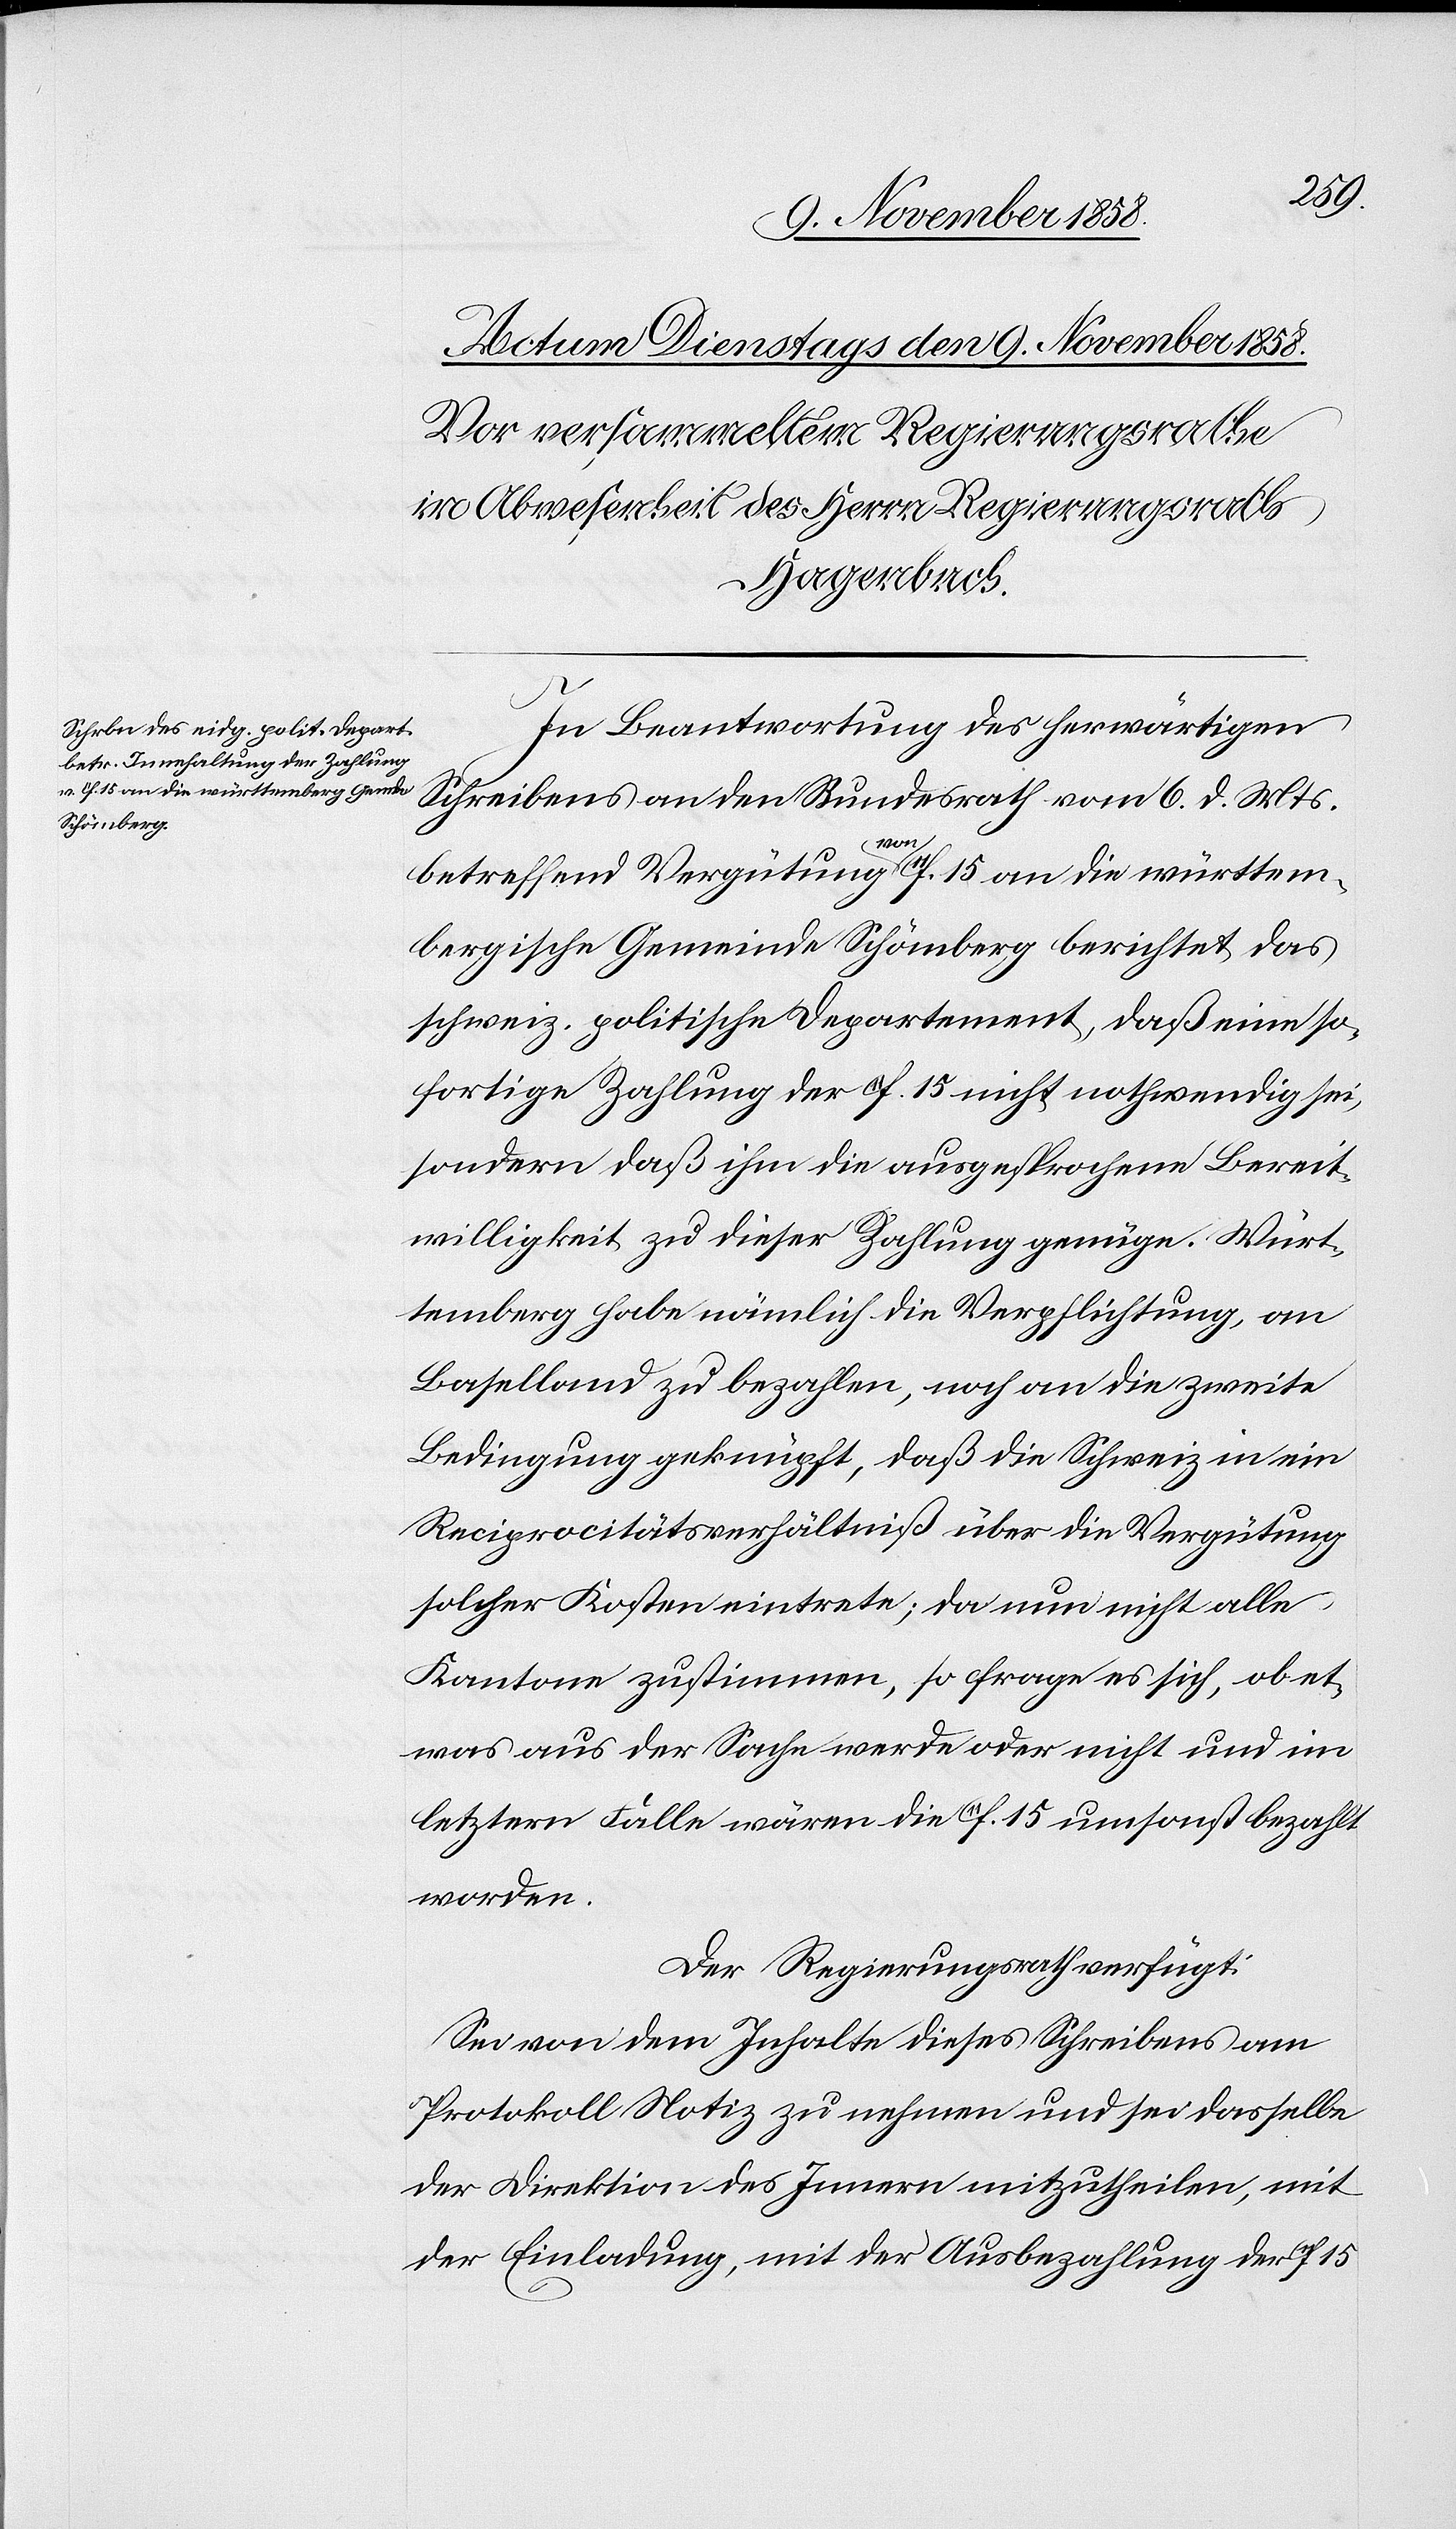
In Beantwortung des herwärtigen
Schreibens an den Bundesrath vom 6. d. Mts.
betreffend Vergütung von 11f. 15 an die württem¬
bergische Gemeinde Schömberg berichtet das
schweiz. politische Departement, daß eine so¬
fortige Zahlung der 11f. 15 nicht nothwendig sei,
sondern daß ihm die ausgesprochene Bereit¬
willigkeit zu dieser Zahlung genüge. Würt¬
temberg habe nämlich die Verpflichtung, an
Baselland zu bezahlen, noch an die zweite
Bedingung geknüpft, daß die Schweiz in ein
Reciprocitätsverhältniß über die Vergütung
solcher Kosten eintrete; da nun nicht alle
Kantone zustimmen, so frage es sich, ob et¬
was aus der Sache werde oder nicht und im
letztern Falle wären die 11f. 15 umsonst bezahlt
worden.
Der Regierungsrath verfügt:
Sei von dem Inhalte dieses Schreibens am
Protokoll Notiz zu nehmen und sei dasselbe
der Direktion des Innern mitzutheilen, mit
der Einladung, mit der Ausbezahlung der 11f.